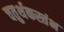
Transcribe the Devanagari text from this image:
चतुर्थकस्तंभ